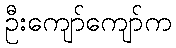
ဦးကျော်ကျော်က